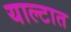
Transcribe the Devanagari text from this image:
याल्टात